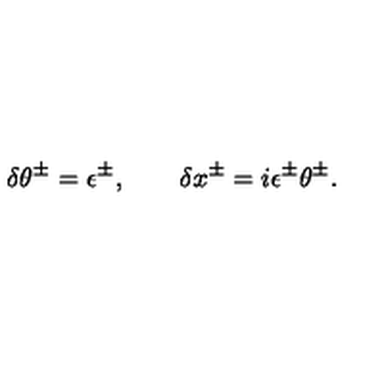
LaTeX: \delta \theta ^ { \pm } = \epsilon ^ { \pm } , \qquad \delta x ^ { \pm } = i \epsilon ^ { \pm } \theta ^ { \pm } .